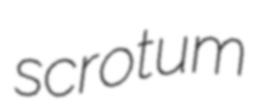
scrotum